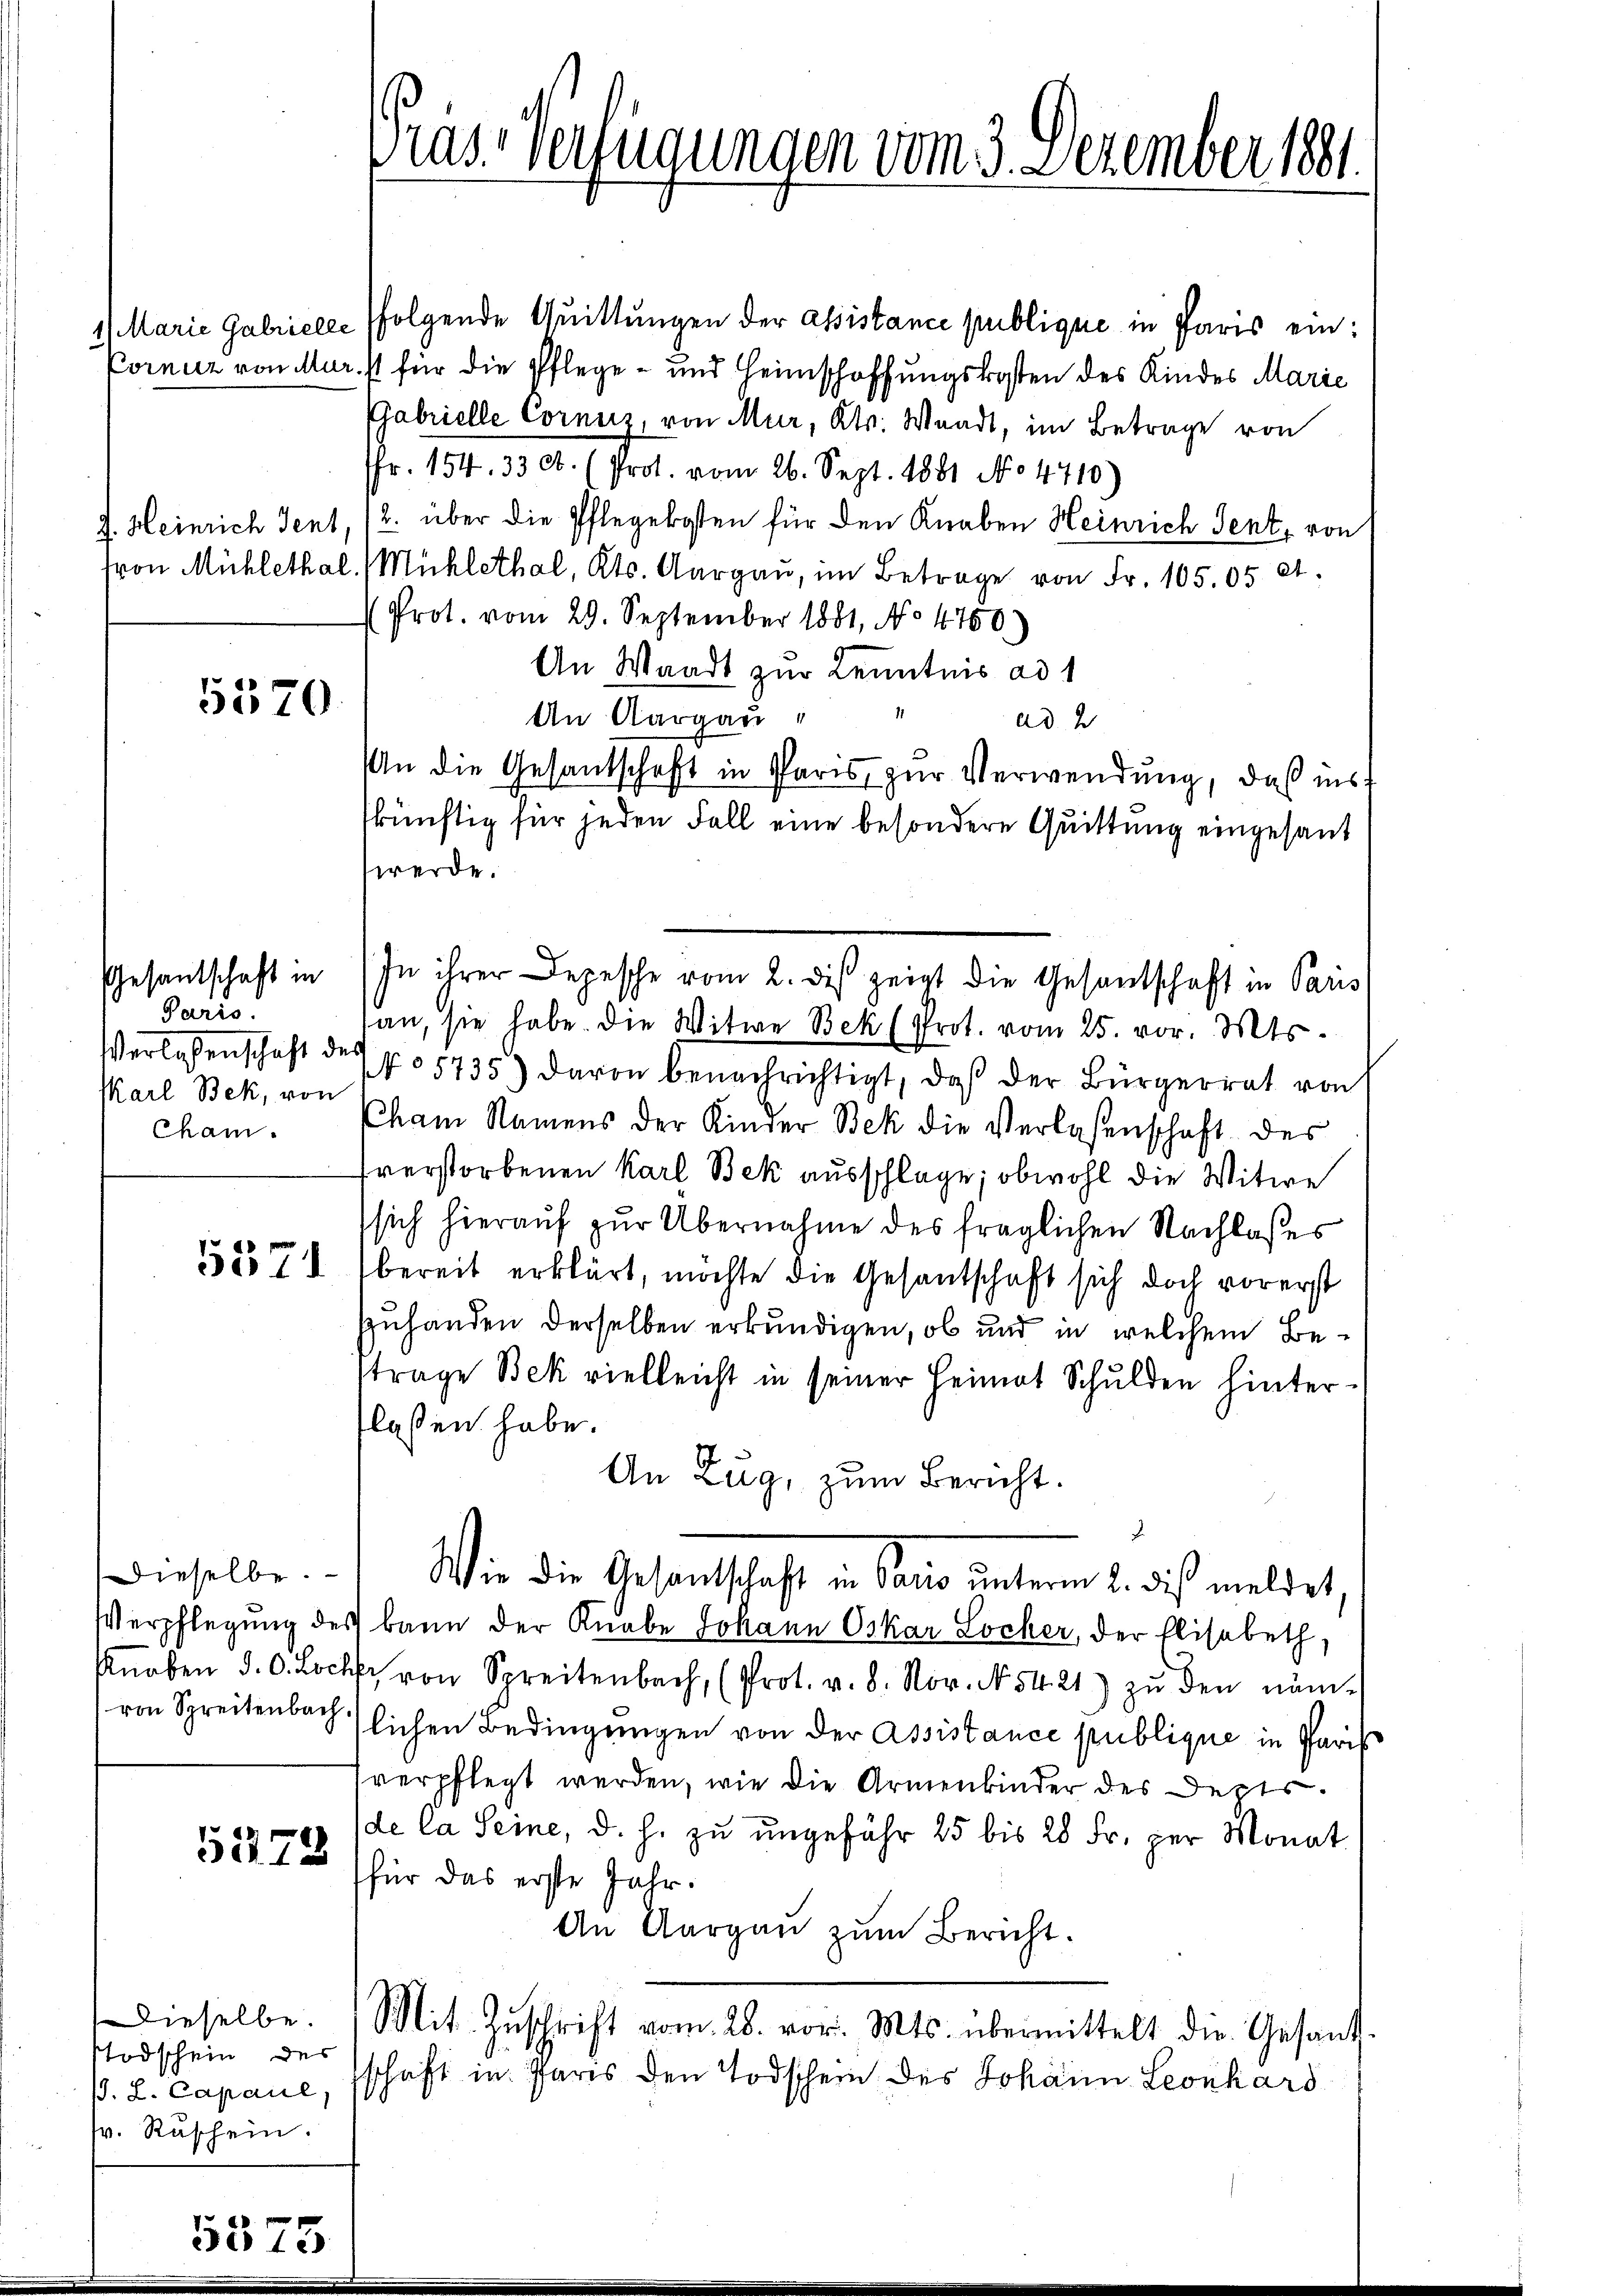
5570.

Paris.
Verlassenschaft des
Karl Bek, von
Cham.

5278

Dieselbe.
odschein des
J. L. Capaul,
fr. Ruschein.

Gras verfügungen vom 3. Dezember 1881.

1) Marie Gabrielle folgende Quittungen der assistance publique in Paris ein:
Corniz von Mur. 11 für die Pflege- und Heimschaffungskosten des Kindes Marie
Gabrielle Cornitz, von Mur, Kts. Waadt, im Betrage von
Fr. 154. 33 Ab. (Prot. vom 26. Sept. 1881 No 4710)
J. Heinrich Tent, 12. über die Pflegekosten für den Knaben Heinrich Sent, von
von Mühlethal (Mühlethal, Kts. Aargau, im Betrage von Fr. 105. 05 A.
(Prot. vom 29. September 1881, No 4760)
An Waadt zur Kenntnis ad 1
An Aargau,
ad
An die Gesandschaft in Paris zur Verwendung, daß ins
skünftig für jeden Fall eine besondere Quittung eingesant
werde.
N° 5735) davon benachrichtigt, daß der Bürgerrat von
Cham Namens der Kinder Bek die Verlassenschaft des
hverstorbenen Karl Bek ausschlage; obwohl die Witwe
sich hierauf zur Übernahme des fraglichen Nachlasses
557 bereit erklärt, möchte die Gesantschaft sich doch vorerst
Zuhanden derselben erkundigen, ob und in welchem Betrage Bek vielleicht in seiner Heimat Schulden hintertlassen habe.
An Zug, zum Bericht.
Dieselbe.) Wie die Gesantschaft in Pano unterm 8. dies meldet,
Verpflegung des kann der Knabe Johann Oskar Locher, der Elisabeth,
Knaben d. d. Loch von Spreitenbach, (Prot. v. 8. Nov. N. 54. 21) zŭ den näm-
von Spreitenbachtlichen Bedingungen von der Assistance publique in Paris
verpflegt werden, wie die Armenbinder des Depts.
de la Seine, d. h. zu ungefähr 25 bis 28 Fr. per Monat
(für das erste Jahr.
An Aargau zum Bericht.
Mit Zŭschrift vom 28. vor. Mts. übermittelt die Gesandt-
schaft in Paris den Todschein des Johann Leonhard

Gesantschaft in In ihrer Depesche vom 2. des zeigt die Gesantschaft in Paus
an, sie habe. Die Witwe Bek (Prot. vom 25. vor. Mts.